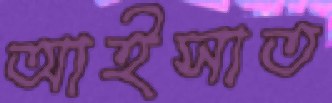
আইসাত